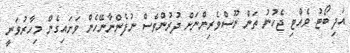
އަދި ބޯޓު ވެއްޓި ޖެހުނު ތަން ނޫސްވެރިންނަށް ދުރުންވެސް ނުފެންނާނޭހެން ވަށައިގެން މިހާރުވަނީ